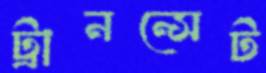
ট্রানন্সেট